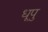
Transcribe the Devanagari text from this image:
धूपु